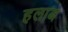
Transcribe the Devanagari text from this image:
हलाब